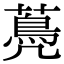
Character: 𦽏